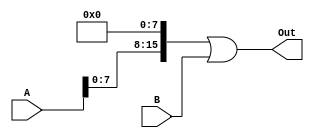
module slbi(A, B, Out);

input [15:0] A, B;
output wire [15:0] Out;

assign Out = (A << 8) | B;

endmodule